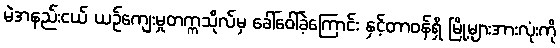
မဲအနည်းငယ် ယဉ်ကျေးမှုတက္ကသိုလ်မှ ခေါ်ဝေါ်ခဲ့ကြောင်း နှင့်တာဝန်ရှိ မြို့များအားလုံးကို